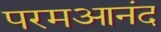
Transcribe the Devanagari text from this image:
परमआनंद